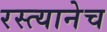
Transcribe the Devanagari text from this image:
रस्त्यानेच